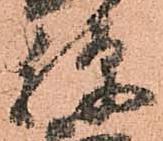
弾